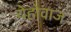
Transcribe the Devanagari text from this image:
येहोवाज